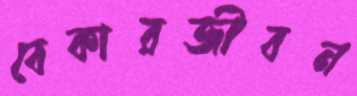
বেকারজীবন